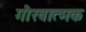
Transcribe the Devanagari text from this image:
गौरवात्मक